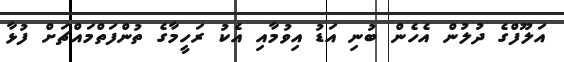
އަލޫފްގެ ދުލުން އެހެން ބުނި އަޑު އިވުމާއި އެކު ރަހީމާގެ ތުންފަތްމައްޗަށް ފުޅާ